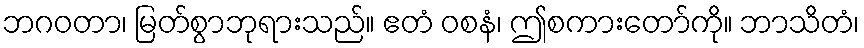
ဘဂဝတာ၊ မြတ်စွာဘုရားသည်။ ဧတံ ဝစနံ၊ ဤစကားတော်ကို။ ဘာသိတံ၊